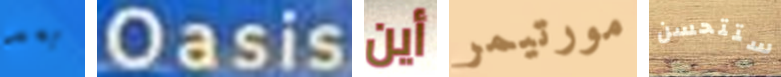
بعد Oasis أين مورتيمر ستتحسن